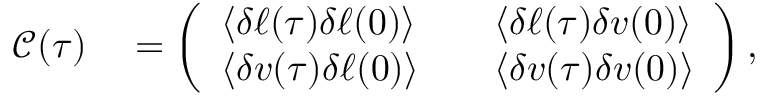
\begin{array} { r l } { \mathcal { C } ( \tau ) } & { { } = \left( \begin{array} { l l l } { \langle \delta \ell ( \tau ) \delta \ell ( 0 ) \rangle } & { } & { \langle \delta \ell ( \tau ) \delta v ( 0 ) \rangle } \\ { \langle \delta v ( \tau ) \delta \ell ( 0 ) \rangle } & { } & { \langle \delta v ( \tau ) \delta v ( 0 ) \rangle } \end{array} \right) , } \end{array}